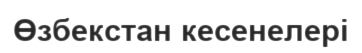
Өзбекстан кесенелері